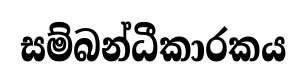
සම්බන්ධීකාරකය